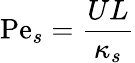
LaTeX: \mathrm{Pe}_{s}=\frac{UL}{\kappa_{s}}